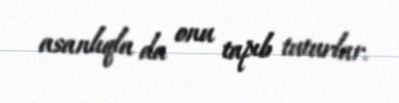
asanlıqla da onu tapıb tuturlar.